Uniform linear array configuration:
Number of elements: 4
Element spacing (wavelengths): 0.75
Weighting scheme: exponential
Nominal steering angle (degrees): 30
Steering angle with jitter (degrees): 28.121
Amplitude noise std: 0.05
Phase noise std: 0.05

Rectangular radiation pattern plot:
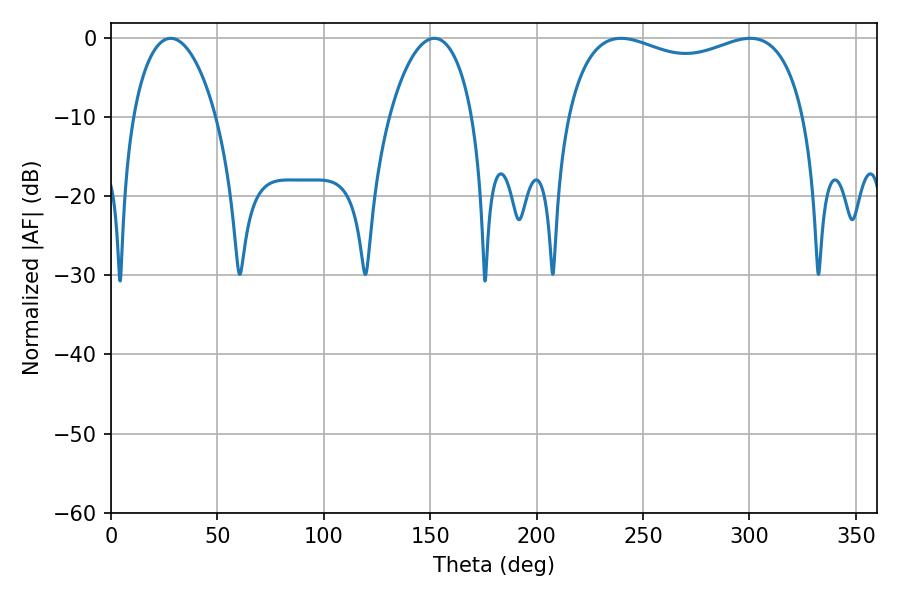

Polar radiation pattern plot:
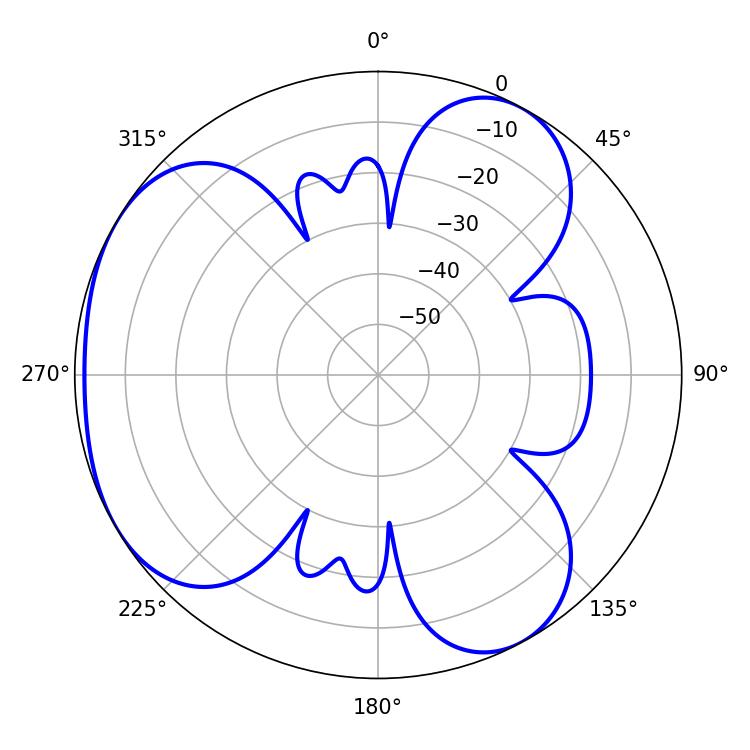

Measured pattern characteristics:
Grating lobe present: TRUE
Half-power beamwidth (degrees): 22.14
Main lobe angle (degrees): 28.08